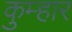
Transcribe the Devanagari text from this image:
कुम्‍हार